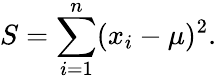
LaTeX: S=\sum_{i=1}^{n}(x_{i}-\mu)^{2}.